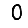
Digit: 0